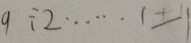
9 \div 2 \cdots 1 - 1